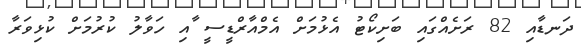
ދަނޑާއި 82 ރަށެއްގައި ބަށިކޯޓު އެޅުމަށް އެމްއާރްޑީސީ ާއި ހަވާލު ކުރުމަށް ކުޅިވަރާ